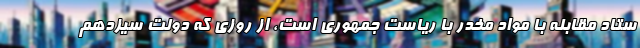
ستاد مقابله با مواد مخدر با ریاست جمهوری است، از روزی که دولت سیزدهم